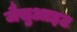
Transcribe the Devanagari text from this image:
जैसुआइट